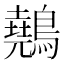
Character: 䴃